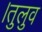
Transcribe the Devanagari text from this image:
।तुलुव